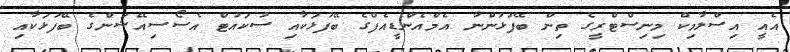
އެއީ އިސްލާމިކް މިނިސްޓްރީގެ ތިން ބޭފުޅުންނާ އެމްއެންޑީއެފްގެ ބޭފުޅަކާއި ސުކައުޓް އެސޯސިއޭޝަންގެ ބޭފުޅަކާއި